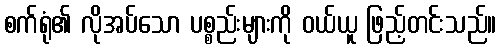
စက်ရုံ၏ လိုအပ်သော ပစ္စည်းများကို ဝယ်ယူ ဖြည့်တင်းသည်။